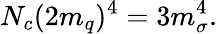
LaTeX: N_{c}(2m_{q})^{4}=3m_{\sigma}^{4}.